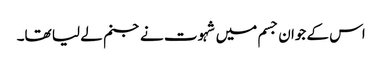
اس کے جوان جسم میں شہوت نے جنم لے لیا تھا۔